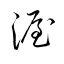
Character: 渥